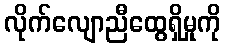
လိုက်လျောညီထွေရှိမှုကို